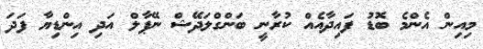
މިއިން އެންމެ ބޮޑު ފައިދާއެއް ކުރާނީ ބަންގްލަދޭޝް ނޭޕާލް އަދި އިންޑިޔާ ފަދަ